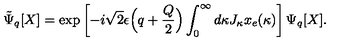
\tilde { \Psi } _ { q } [ X ] = \exp \left[ - i \sqrt { 2 } \epsilon \Bigl ( q + \frac { Q } { 2 } \Bigr ) \int _ { 0 } ^ { \infty } d \kappa J _ { \kappa } x _ { e } ( \kappa ) \right] \Psi _ { q } [ X ] .